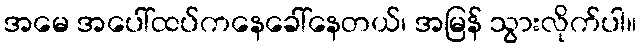
အမေ အပေါ်ထပ်ကနေခေါ်နေတယ်၊ အမြန် သွားလိုက်ပါ။